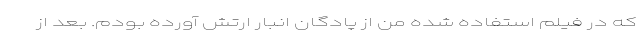
که در فیلم استفاده شده من از پادگان انبار ارتش آورده بودم. بعد از